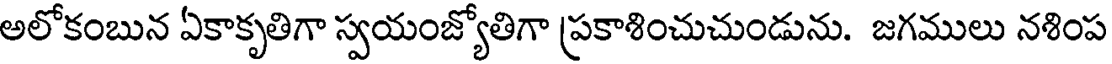
అలోకంబున ఏకాకృతిగా స్వయంజ్యోతిగా ప్రకాశించుచుండును. జగములు నశింప